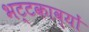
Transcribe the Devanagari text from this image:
भट्टकाव्यों